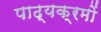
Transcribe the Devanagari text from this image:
पाढ्यक्रमों